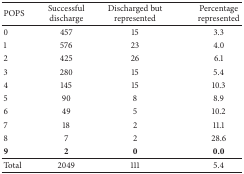
| POPS | Successful discharge | Discharged but represented | Percentage represented |
 | --- | --- | --- | --- |
 | 0 | 457 | 15 | 3.3 |
 | 1 | 576 | 23 | 4.0 |
 | 2 | 425 | 26 | 6.1 |
 | 3 | 280 | 15 | 5.4 |
 | 4 | 145 | 15 | 10.3 |
 | 5 | 90 | 8 | 8.9 |
 | 6 | 49 | 5 | 10.2 |
 | 7 | 18 | 2 | 11.1 |
 | 8 | 7 | 2 | 28.6 |
 | 9 | 2 | 0 | 0.0 |
 | Total | 2049 | 111 | 5.4 |